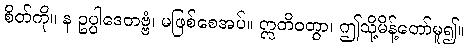
စိတ်ကို။ န ဥပ္ပါဒေတဗ္ဗံ၊ မဖြစ်စေအပ်။ ဣတိဝတွာ၊ ဤသို့မိန့်တော်မူ၍။